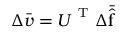
\Delta \bar { \boldsymbol { v } } = \boldsymbol { U } ^ { \mathrm { ~ T ~ } } \Delta \bar { \hat { \boldsymbol { \mathrm { f } } } }